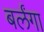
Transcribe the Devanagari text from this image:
बर्लंगा